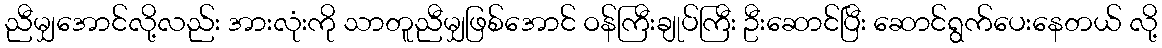
ညီမျှအောင်လို့လည်း အားလုံးကို သာတူညီမျှဖြစ်အောင် ဝန်ကြီးချုပ်ကြီး ဦးဆောင်ပြီး ဆောင်ရွက်ပေးနေတယ် လို့